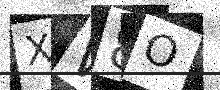
Text: XW8O